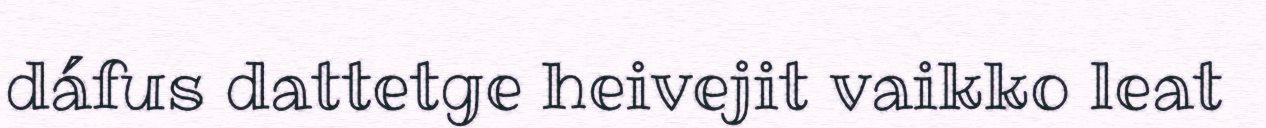
dáfus dattetge heivejit vaikko leat